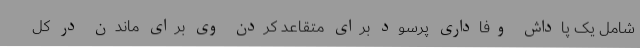
شامل یک پاداش وفاداری پرسود برای متقاعد کردن وی برای ماندن در کل